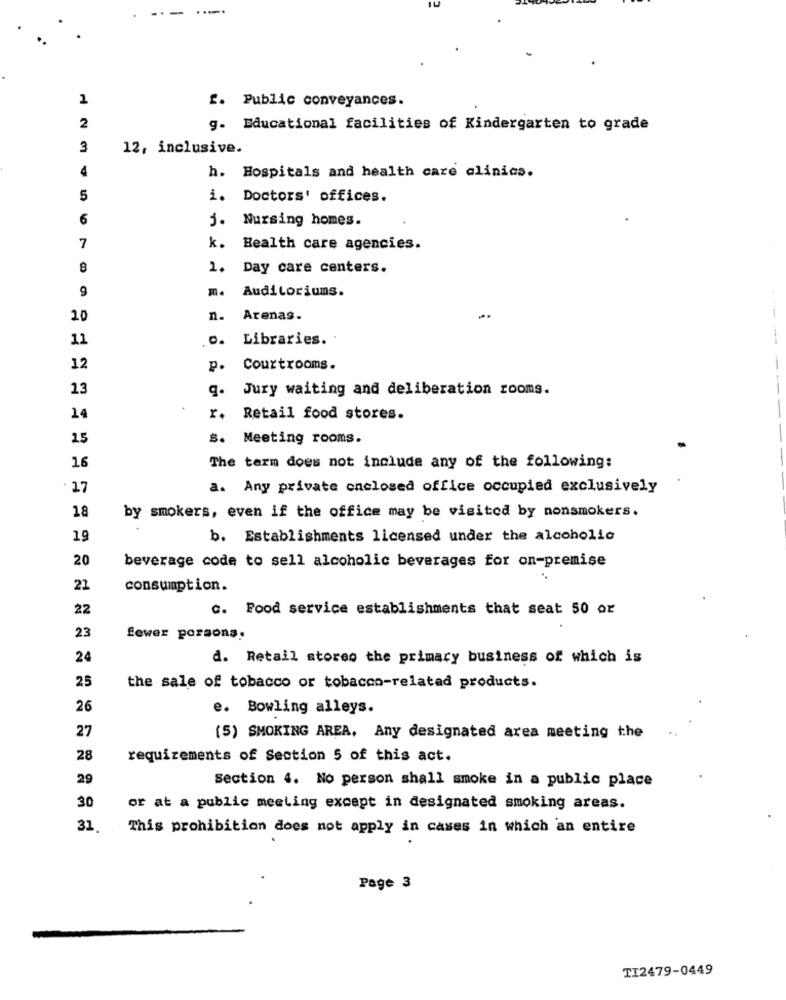
....
1
f. Public conveyances.
2
g. Educational facilities of Kindergarten to grade
3
12, inclusive.
4
h. Hospitals and health care clinics.
5
i. Doctors' offices.
6
j. Nursing homes.
7
k. Health care agencies.
8
1. Day care centers.
9
Auditoriums.
10
n. Arenas.
11
o. Libraries.
---
12
P. Courtrooms.
13
q. Jury waiting and deliberation rooms.
14
r. Retail food stores.
15
S. Meeting rooms.
16
The term does not include any of the following:
· 17
a. Any private enclosed office occupied exclusively
18
by smokers, even if the office may be visited by nonsmokers.
19
b. Establishments licensed under the alcoholic
20
beverage code to sell alcoholic beverages for on-premise
21
consumption.
22
C. Food service establishments that seat 50 or
23
fewer porsons.
24
d. Retail stores the primary business of which is
25
the sale of tobacco or tobacco-related products.
26
e. Bowling alleys.
27
(5) SMOKING AREA, Any designated area meeting the
28
requirements of Section 5 of this act.
29
section 4. No person shall smoke in a public place
30
or at a public meeting except in designated smoking areas.
31.
This prohibition does not apply in cases in which an entire
Page 3
TI2479-0449